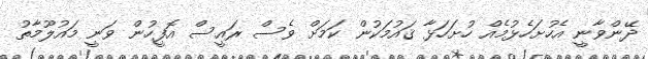
ދޭންވާނީ އެހުށަހެޅުމެއް ހުށަހަޅާ ޤައުމަކުން ކަމަށް ވެސް ރައީސް އޮފީހުން ވަނީ މައުލޫމާތު